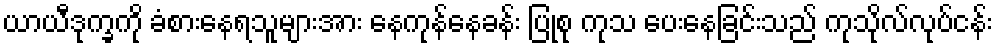
ယာယီဒုက္ခကို ခံစားနေရသူများအား နေကုန်နေခန်း ပြုစု ကုသ ပေးနေခြင်းသည် ကုသိုလ်လုပ်ငန်း